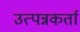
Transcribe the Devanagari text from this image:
उत्पन्नकर्ता